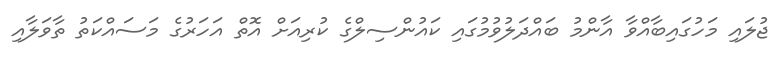
ޖުލައި މަހުގައިބާއްވާ އާންމު ބައްދަލުވުމުގައި ކައުންސިލްގެ ކުރިއަށް އޮތް އަހަރުގެ މަސައްކަތު ތާވަލާއި